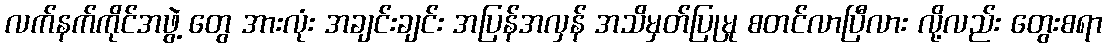
လက်နက်ကိုင်အဖွဲ့ တွေ အားလုံး အချင်းချင်း အပြန်အလှန် အသိမှတ်ပြုမှု စတင်လာပြီလား လို့လည်း တွေးစရာ